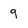
Character: 9